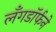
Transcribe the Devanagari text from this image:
लँगडॉर्फने